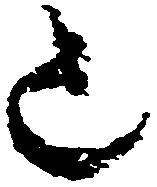
意